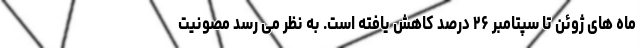
ماه های ژوئن تا سپتامبر ۲۶ درصد کاهش یافته است. به نظر می رسد مصونیت